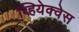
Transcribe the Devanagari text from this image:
व्हियेक्वेस